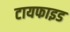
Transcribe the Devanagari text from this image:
टायफाइड